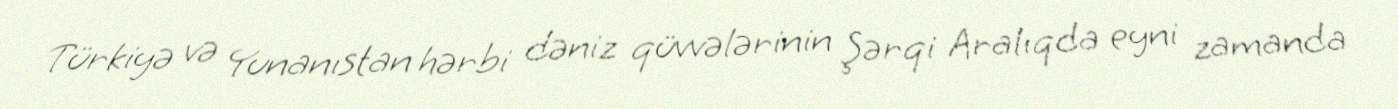
Türkiyə və Yunanıstan hərbi dəniz qüvvələrinin Şərqi Aralıqda eyni zamanda